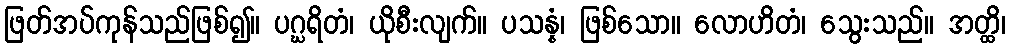
ဖြတ်အပ်ကုန်သည်ဖြစ်၍။ ပဂ္ဃရိတံ၊ ယိုစီးလျက်။ ပသန္နံ၊ ဖြစ်သော။ လောဟိတံ၊ သွေးသည်။ အတ္ထိ၊